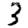
Digit: 3